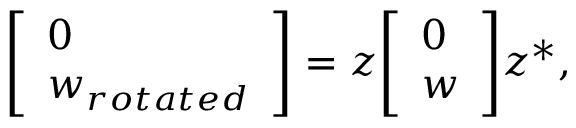
{ \left[ \begin{array} { l } { 0 } \\ { w _ { r o t a t e d } } \end{array} \right] } = z { \left[ \begin{array} { l } { 0 } \\ { w } \end{array} \right] } z ^ { * } ,